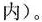
内)。